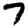
Digit: 7